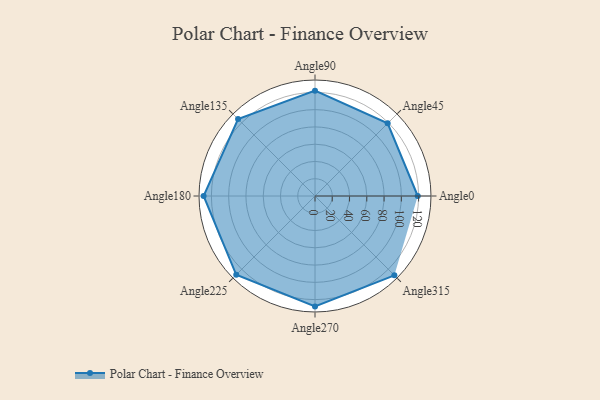
{"axis": {"x": "Angle", "y": "Radius"}, "legend": [""], "data": [{"x": "Angle0", "y": 119.0, "type": ""}, {"x": "Angle45", "y": 119.0, "type": ""}, {"x": "Angle90", "y": 122.0, "type": ""}, {"x": "Angle135", "y": 126.0, "type": ""}, {"x": "Angle180", "y": 129.0, "type": ""}, {"x": "Angle225", "y": 129.0, "type": ""}, {"x": "Angle270", "y": 128.0, "type": ""}, {"x": "Angle315", "y": 130.0, "type": ""}]}